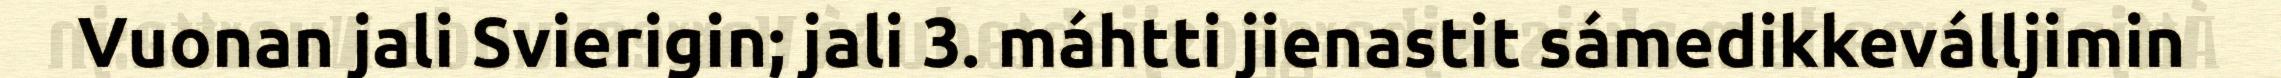
Vuonan jali Svierigin; jali 3. máhtti jienastit sámedikkeválljimin